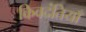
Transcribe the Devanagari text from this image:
किवदंतियाँ